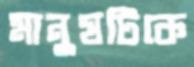
মানুষটিকে